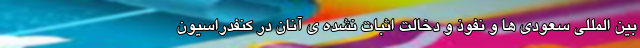
بین المللی سعودی ها و نفوذ و دخالت اثبات نشده ی آنان در کنفدراسیون